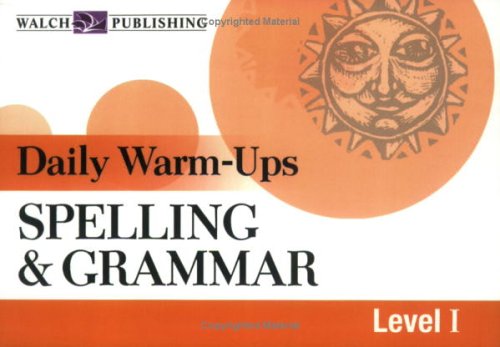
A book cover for Spelling and Grammar (Daily Warm-Ups) (Daily Warm-Ups English/Language Arts); Walch; Reference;